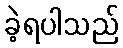
ခဲ့ရပါသည်